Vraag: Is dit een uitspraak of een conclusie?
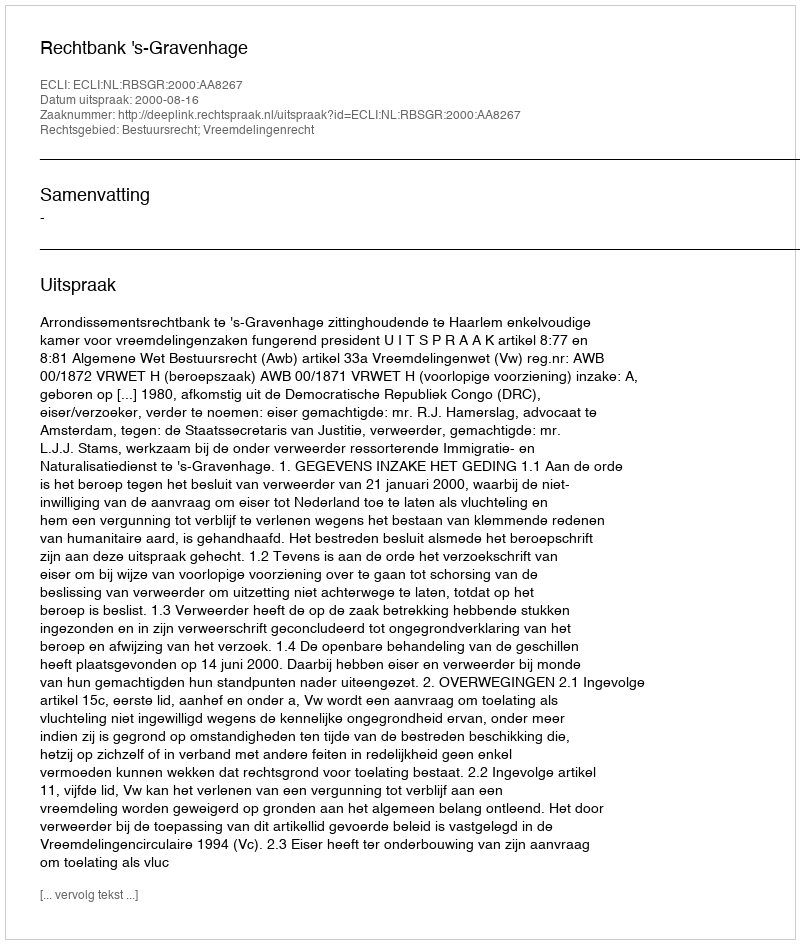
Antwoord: Uitspraak